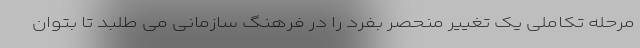
مرحله تکاملی یک تغییر منحصر بفرد را در فرهنگ سازمانی می طلبد تا بتوان